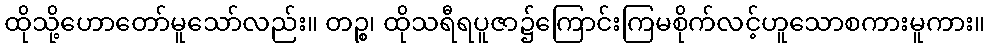
ထိုသို့ဟောတော်မူသော်လည်း။ တဉ္စ၊ ထိုသရီရပူဇာ၌ကြောင်းကြမစိုက်လင့်ဟူသောစကားမူကား။